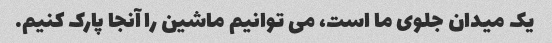
یک میدان جلوی ما است، می توانیم ماشین را آنجا پارک کنیم.